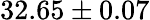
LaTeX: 32.65\pm 0.07